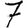
Digit: 7